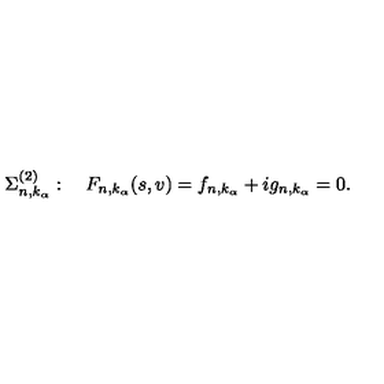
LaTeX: \Sigma _ { n , k _ { \alpha } } ^ { ( 2 ) } : \quad F _ { n , k _ { \alpha } } ( s , v ) = f _ { n , k _ { \alpha } } + i g _ { n , k _ { \alpha } } = 0 .